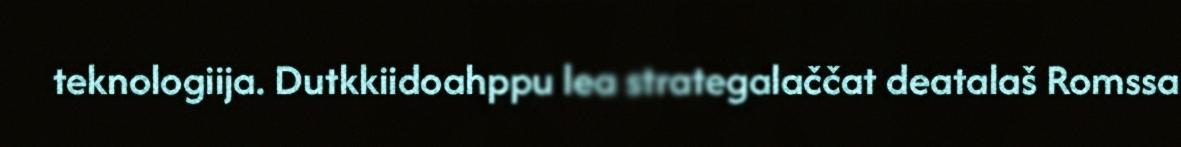
teknologiija. Dutkkiidoahppu lea strategalaččat deatalaš Romssa